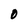
Character: O